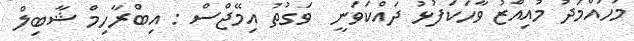
މުހައްމަދު މުއިއްޒު ވާހަކަފުޅު ދައްކަވަނީ  ވަގުތު އިމޭޖްސް : އިބްރާހިމް ޝާބިލް